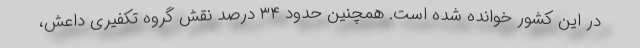
در این کشور خوانده شده است. همچنین حدود ۳۴ درصد نقش گروه تکفیری داعش،